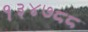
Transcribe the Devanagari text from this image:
१३४७८८